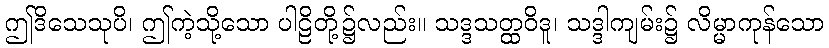
ဤဒိသေသုပိ၊ ဤကဲ့သို့သော ပါဠိတို့၌လည်း။ သဒ္ဒသတ္ထဝိဒူ၊ သဒ္ဒါကျမ်း၌ လိမ္မာကုန်သော